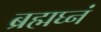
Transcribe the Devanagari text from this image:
ब्रह्मघ्नं